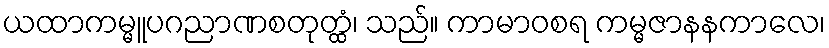
ယထာကမ္မူပဂညာဏစတုတ္ထံ၊ သည်။ ကာမာဝစရ ကမ္မဇာနနကာလေ၊